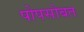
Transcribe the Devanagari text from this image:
पोपसोबत